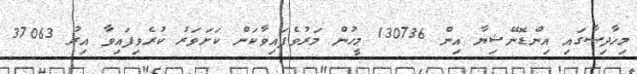
މިހާދިސާގައި އިންޑޮނޭޝިޔާ އިން 130736 މީހުން މަރުވެފައިވާކަން ކަށަވަރު ކުރެވިފައިވާ އިރު 37063